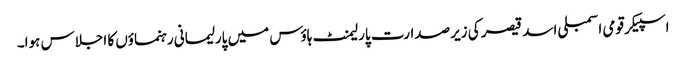
اسپیکر قومی اسمبلی اسد قیصر کی زیرصدارت پارلیمنٹ ہاؤس میں پارلیمانی رہنماؤں کا اجلاس ہوا۔